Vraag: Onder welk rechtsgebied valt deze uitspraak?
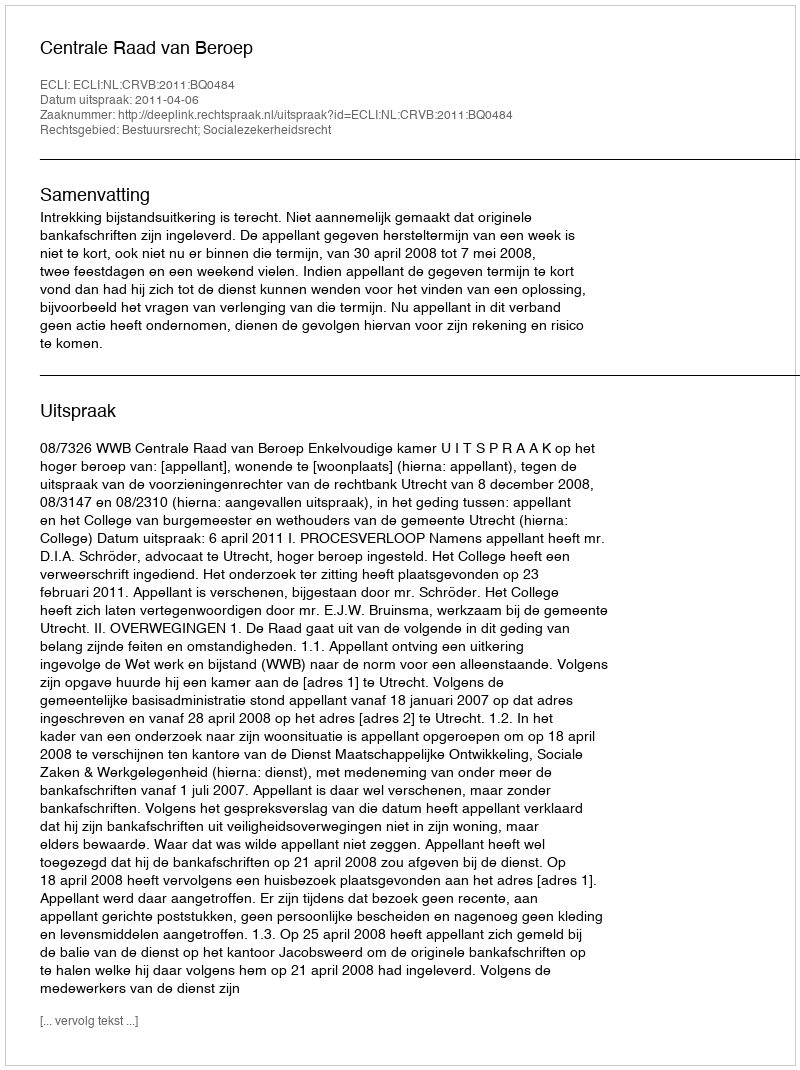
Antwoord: Bestuursrecht; Socialezekerheidsrecht